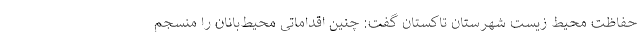
حفاظت محیط زیست شهرستان تاکستان گفت: چنین اقداماتی محیط‌بانان را منسجم